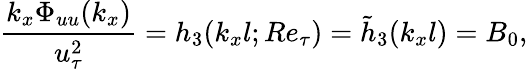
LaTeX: \frac{k_{x}\Phi_{uu}(k_{x})}{u_{\tau}^{2}}=h_{3}(k_{x}l;Re_{\tau})=\tilde{h}_{3}(k_{x}l)={B_{0}},